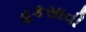
હકસાવી